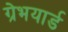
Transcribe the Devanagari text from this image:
ग्रेभयार्ड